Indian journal of veterinary science and animal husbandry - Volume 7,
Year: 1937
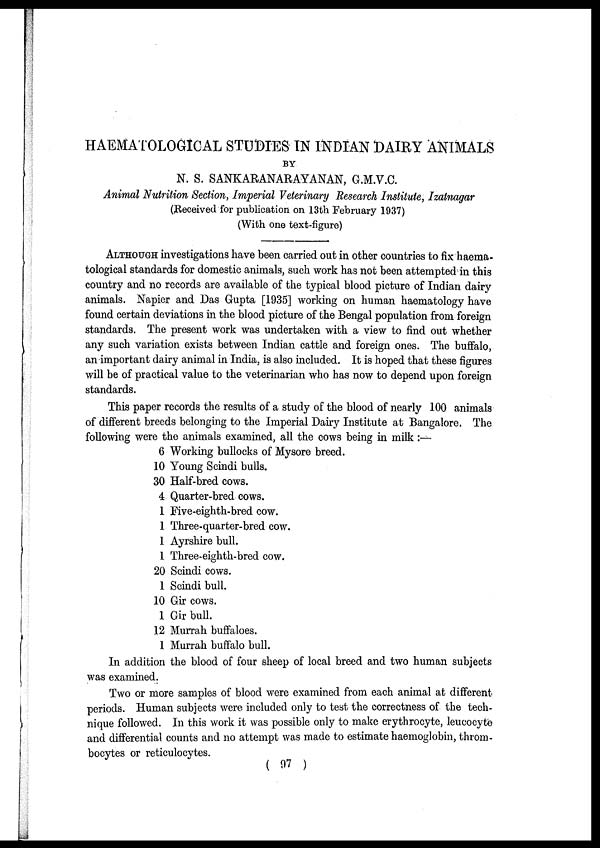
HAEMATOLOGICAL STUDIES IN INDIAN DAIRY ANIMALS
BY
N. S. SANKARANARAYANAN, G.M.V.C.
Animal Nutrition Section, Imperial Veterinary Research Institute, Izatnagar
(Received for publication on 13th February 1937)
(With one text-figure)
ALTHOUGH investigations have been carried out in other countries to fix haerma¬
tological standards for domestic animals, such work has not been attempted in this
country and no records are available of the typical blood picture of Indian dairy
animals. Napier and Das Gupta [1935] working on human haematology have
found certain deviations in the blood picture of the Bengal population from foreign
standards. The present work was undertaken with a view to find out whether
any such variation exists between Indian cattle and foreign ones. The buffalo,
an important dairy animal in India, is also included. It is hoped that these figures
will be of practical value to the veterinarian who has now to depend upon foreign
standards.
This paper records the results of a study of the blood of nearly 100 animals
of different breeds belonging to the Imperial Dairy Institute at Bangalore. The
following were the animals examined, all the cows being in milk :—
6 Working bullocks of Mysore breed.
10 Young Scindi bulls.
30 Half-bred cows.
4 Quarter-bred cows.
1 Five-eighth-bred cow.
1 Three-quarter-bred cow.
1 Ayrshire bull.
1 Three-eighth-bred cow.
20 Scindi cows.
1 Scindi bull.
10 Gir cows.
1 Gir bull.
12 Murrah buffaloes.
1 Murrah buffalo bull.
In addition the blood of four sheep of local breed and two human subjects
was examined.
Two or more samples of blood were examined from each animal at different
periods. Human subjects were included only to test the correctness of the tech-
nique followed. In this work it was possible only to make erythrocyte, leucocyte
and differential counts and no attempt was made to estimate haemoglobin, throm-
bocytes or reticulocytes.
( 97 )